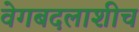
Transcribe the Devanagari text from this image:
वेगबदलाशीच